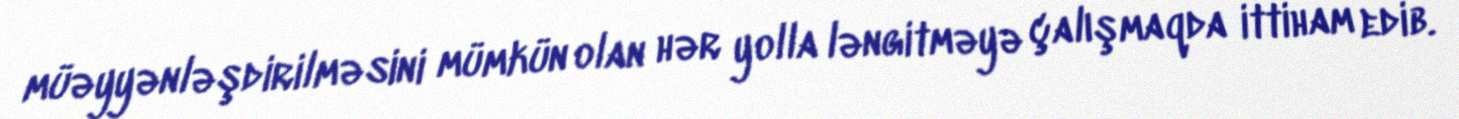
müəyyənləşdirilməsini mümkün olan hər yolla ləngitməyə çalışmaqda ittiham edib.